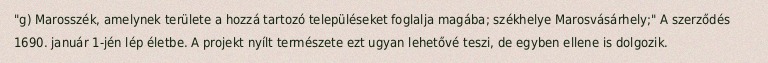
"g) Marosszék, amelynek területe a hozzá tartozó településeket foglalja magába; székhelye Marosvásárhely;" A szerződés 1690. január 1-jén lép életbe. A projekt nyílt természete ezt ugyan lehetővé teszi, de egyben ellene is dolgozik.